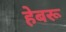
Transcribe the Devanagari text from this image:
हेबरू